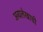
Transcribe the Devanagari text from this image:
अग्रलेखाची